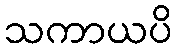
သကာယပိ